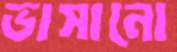
ভাসানো